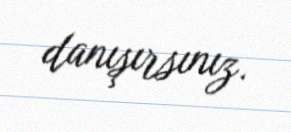
danışırsınız.